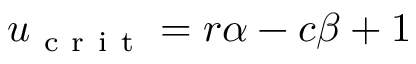
u _ { \mathrm { ~ c ~ r ~ i ~ t ~ } } = r \alpha - c \beta + 1